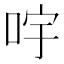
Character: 𠱶